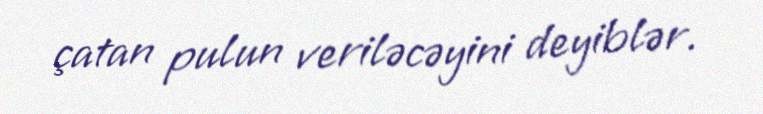
çatan pulun veriləcəyini deyiblər.